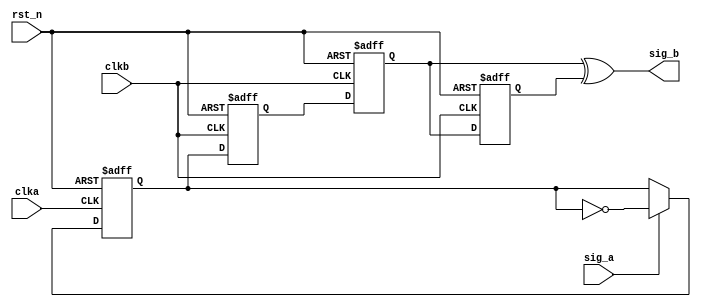
`timescale 100ps/100ps

module pulse_detect(
	input 				clka	, 
	input 				clkb	,   
	input 				rst_n		,
	input				sig_a		,

	output  		 	sig_b
);
reg Q_sig_a;
always @(posedge clka or negedge rst_n) begin
    if(!rst_n) Q_sig_a <= 0;
    else if(sig_a) Q_sig_a <= ~Q_sig_a;
    else if(!sig_a) Q_sig_a <= Q_sig_a; 
end

reg Q_sig_b1;
always @(posedge clkb or negedge rst_n) begin
    if(!rst_n) Q_sig_b1 <= 0;
    else Q_sig_b1 <= Q_sig_a;
end

reg Q_sig_b2;
always @(posedge clkb or negedge rst_n) begin
    if(!rst_n) Q_sig_b2 <= 0;
    else Q_sig_b2 <= Q_sig_b1;
end


reg Q_sig_b3;
always @(posedge clkb or negedge rst_n) begin
    if(!rst_n) Q_sig_b3 <= 0;
    else Q_sig_b3 <= Q_sig_b2;
end
    
assign sig_b = Q_sig_b2 ^ Q_sig_b3;

endmodule